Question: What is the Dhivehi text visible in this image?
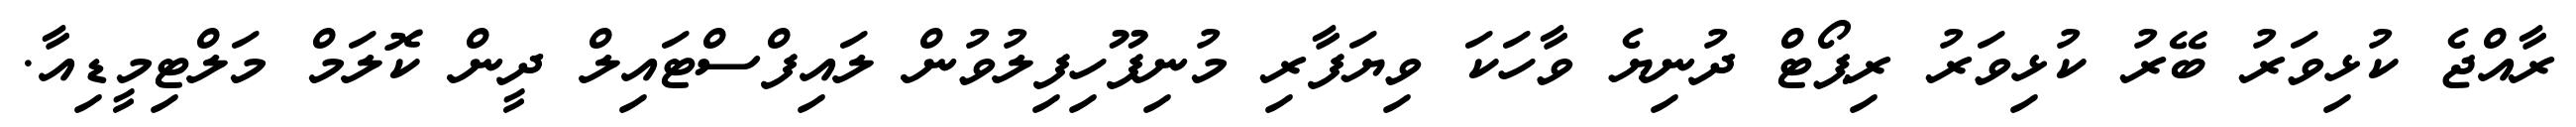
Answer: ރާއްޖެ ކުޅިވަރު ބޭރު ކުޅިވަރު ރިޕޯޓް ދުނިޔެ ވާހަކަ ވިޔަފާރި މުނިފޫހިފިލުވުން ލައިފްސްޓައިލް ދީން ކޮލަމް މަލްޓިމީޑިއާ.